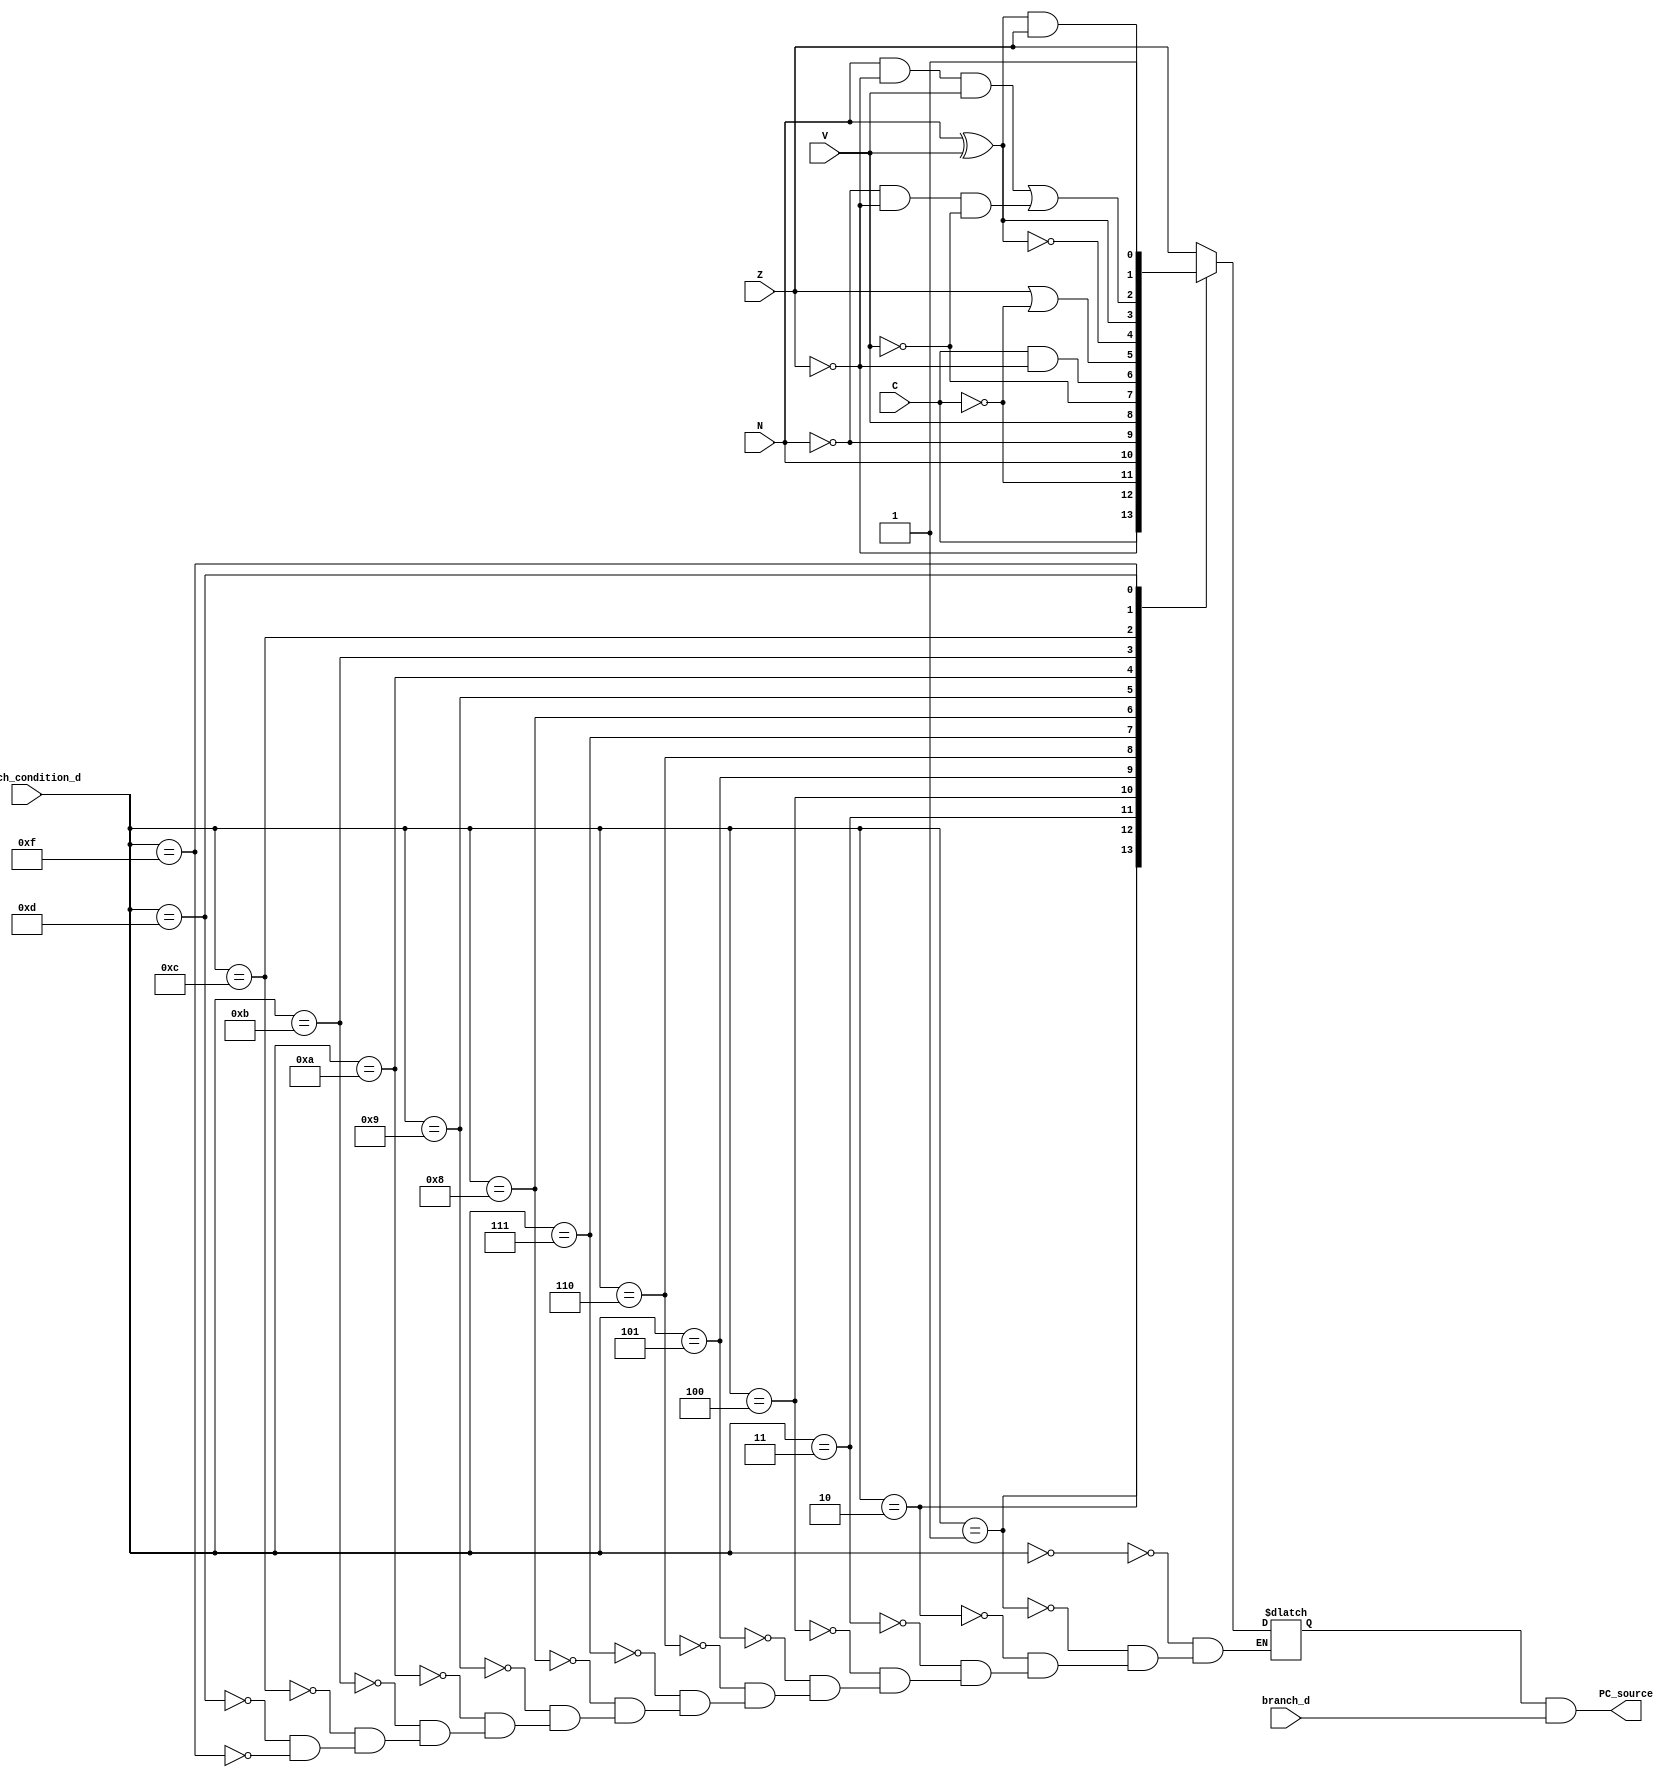
module branch(
	input branch_d,
	input [3:0] branch_condition_d,
	
	input Z,
	input N,
	input V,
	input C,
	
	output reg PC_source
	);
	
	reg branch_taken;

	always @(*) begin
		case (branch_condition_d)
			4'h0: branch_taken <= Z;
			4'h1: branch_taken <= ~Z;
			4'h2: branch_taken <= C;
			4'h3: branch_taken <= ~C;
			4'h4: branch_taken <= N;
			4'h5: branch_taken <= ~N;
			4'h6: branch_taken <= V;
			4'h7: branch_taken <= ~V;
			4'h8: branch_taken <= C & ~Z;
			4'h9: branch_taken <= Z | ~C;
			4'ha: branch_taken <= ~(N ^ V);
			4'hb: branch_taken <= N ^ V;
			4'hc: branch_taken <= (N & ~Z & V ) | (~N & ~Z & ~V);
			4'hd: branch_taken <= (N ^ V) & Z;
			
			4'hf: branch_taken <= 1;
		endcase
		PC_source <= branch_taken & branch_d;
	end
	
	
endmodule